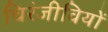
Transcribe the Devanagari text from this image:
चिरंजीवियों